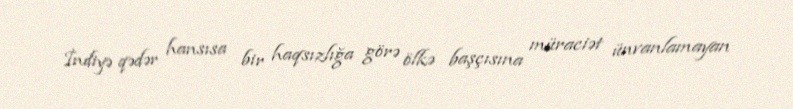
İndiyə qədər hansısa bir haqsızlığa görə ölkə başçısına müraciət ünvanlamayan